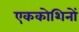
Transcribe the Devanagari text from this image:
एककोशिनों